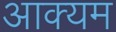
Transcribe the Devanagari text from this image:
आक्यम